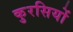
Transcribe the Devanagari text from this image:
कुरसियों